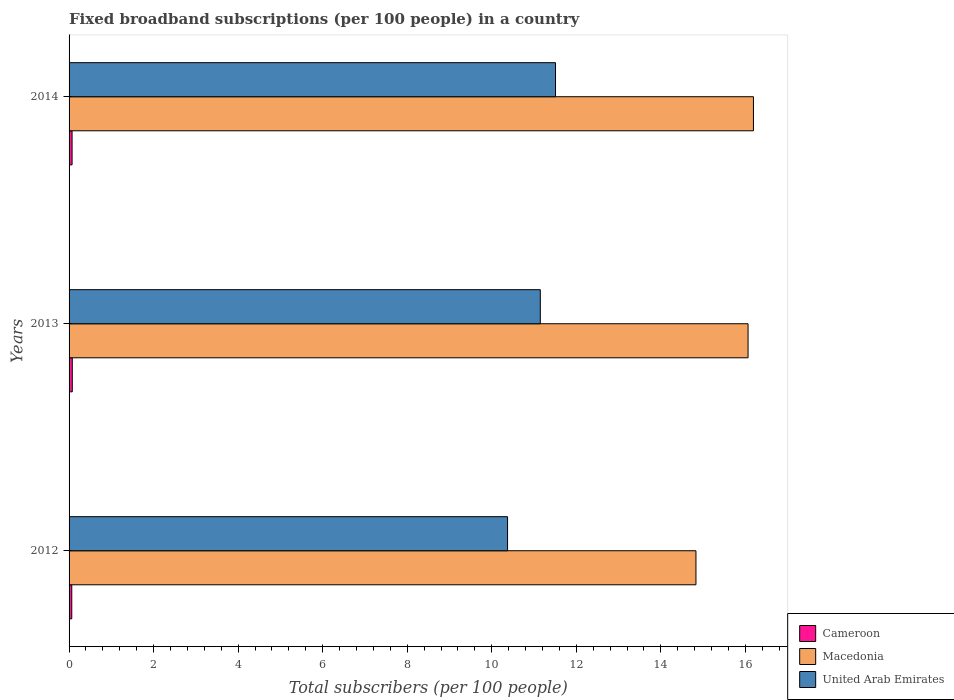
| Years | Cameroon | Macedonia | United Arab Emirates |
 | --- | --- | --- | --- |
 | 2012 | 0.0638 | 14.8 | 10.4 |
 | 2013 | 0.0759 | 16.1 | 11.1 |
 | 2014 | 0.0712 | 16.2 | 11.5 |